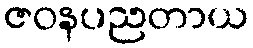
ဇဝနပညတာယ